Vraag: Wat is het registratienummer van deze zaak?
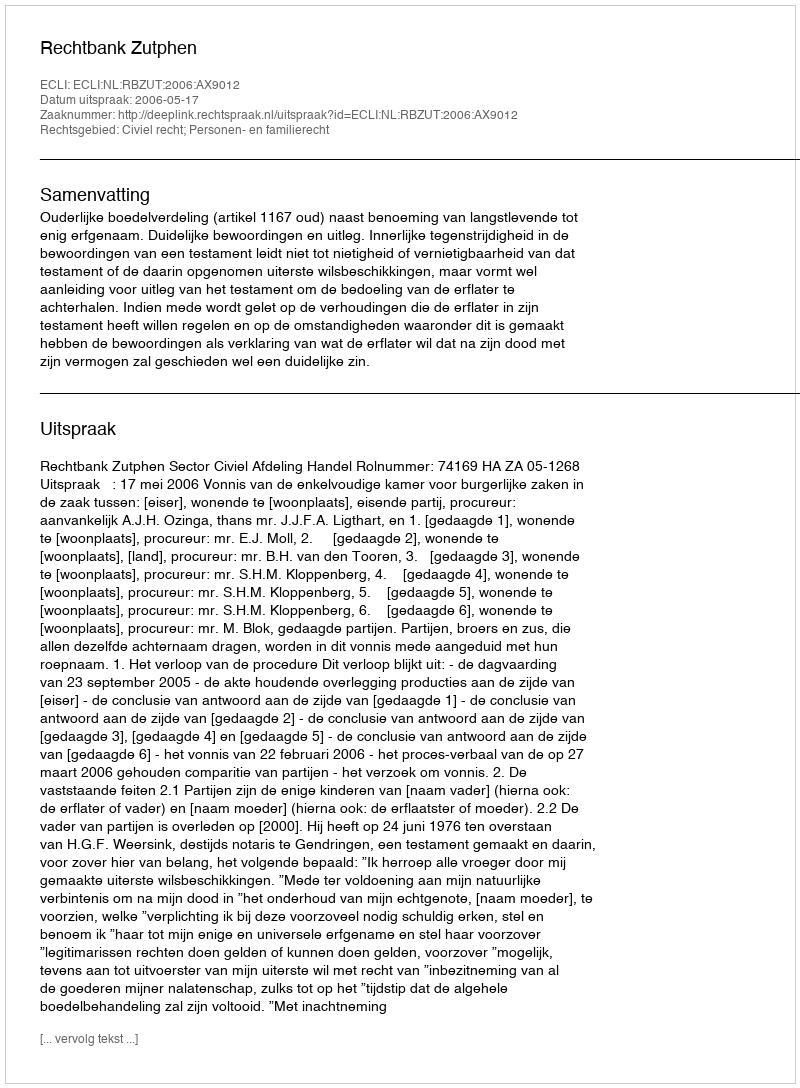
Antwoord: http://deeplink.rechtspraak.nl/uitspraak?id=ECLI:NL:RBZUT:2006:AX9012